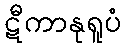
ဋီကာနုရူပံ